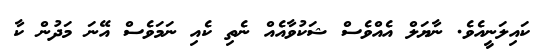
ކައިލަނީއެވެ. ނާޔަލް އެއްވެސް ޝަކުވާއެއް ނެތި ކެއި ނަމަވެސް އޭނަ މަދުން ކާ